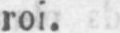
roi.